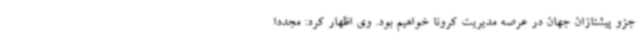
جزو پیشتازان جهان در عرصه مدیریت کرونا خواهیم بود. وی اظهار کرد: مجددا